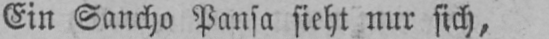
Ein Sancho Pansa sieht nur sich,